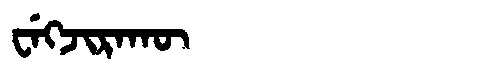
Manchu: ᠸᡝᡴᠵᡳᡵᠠᡴᡡ
Romanization: WEKJIRAKŪ